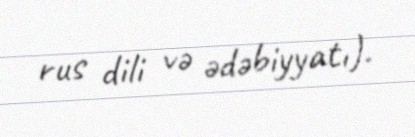
rus dili və ədəbiyyatı).